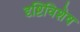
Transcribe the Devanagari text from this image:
दृष्टिविशेष